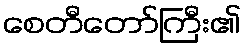
စေတီတော်ကြီး၏